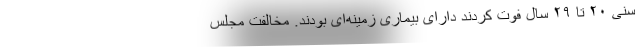
سنی ۲۰ تا ۲۹ سال فوت کردند دارای بیماری زمینه‌ای بودند. مخالفت مجلس